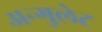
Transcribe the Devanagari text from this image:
अन्गुलेट